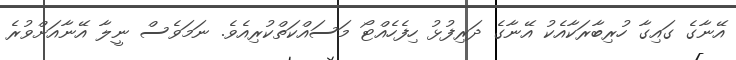
އޭނާގެ ގައިގާ ހުރިބާރަކާއެކު އޭނާގެ ދަރިފުޅު ހިފެހެއްޓޯ މަސައްކަތްކުރިއެވެ. ނަމަވެސް ނީލާ އޭނާއަށްވުރެ